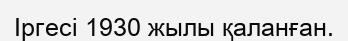
Іргесі 1930 жылы қаланған.